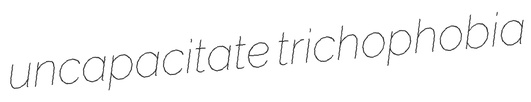
uncapacitate trichophobia